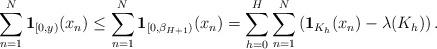
LaTeX: \begin{align*} \sum_{n=1}^N\mathbf{1}_{[0,y)}(x_n) \leq \sum_{n=1}^{N}\mathbf{1}_{[0,\beta_{H+1})}(x_n) = \sum_{h=0}^{H}\sum_{n=1}^N\left(\mathbf{1}_{K_{h}}(x_n)-\lambda(K_h)\right).\end{align*}